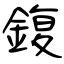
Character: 鍑